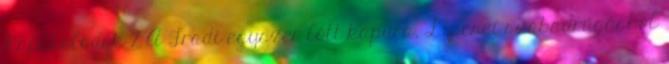
Kapcsolódók 2 A Fradi egyszer lőtt kapura, Lipcsei szabadrúgásból